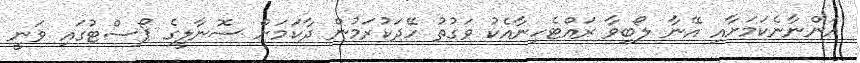
އަންނާނެކަމަށާއި އޭނާ ލޯބިވާ ރައްޓެހިނާއެކު ވަގުތު ހޭދަކުރަމުން ދާކަމަށް ސޮނާލީގެ ޕޯސްޓުގައި ވަނީ